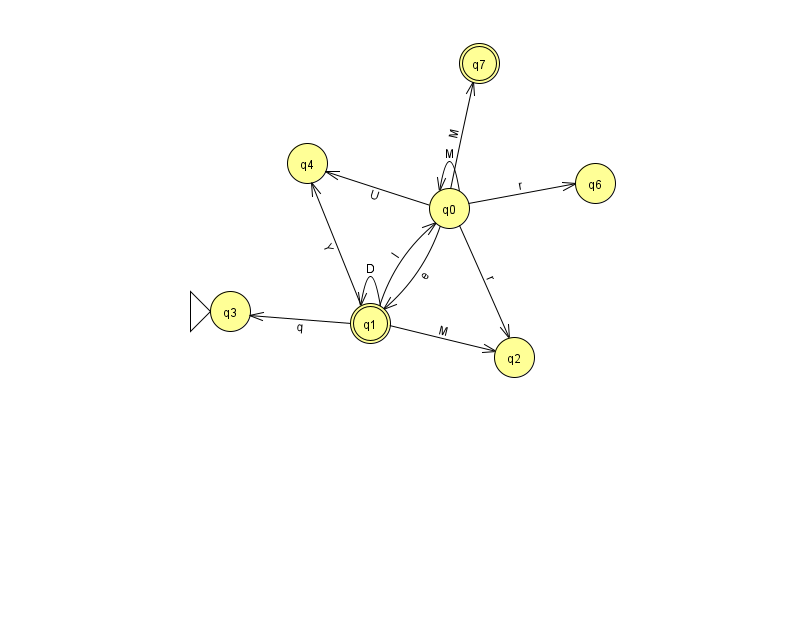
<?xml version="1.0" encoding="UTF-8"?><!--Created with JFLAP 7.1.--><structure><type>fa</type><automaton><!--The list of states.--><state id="0" name="q0"><x>449.0</x><y>195.0</y></state><state id="1" name="q1"><x>370.0</x><y>310.0</y><final/></state><state id="2" name="q2"><x>514.0</x><y>344.0</y></state><state id="3" name="q3"><x>230.0</x><y>298.0</y><initial/></state><state id="4" name="q4"><x>307.0</x><y>150.0</y></state><state id="6" name="q6"><x>595.0</x><y>170.0</y></state><state id="7" name="q7"><x>479.0</x><y>50.0</y><final/></state><!--The list of transitions.--><transition><from>0</from><to>6</to><read>r</read></transition><transition><from>1</from><to>2</to><read>M</read></transition><transition><from>1</from><to>1</to><read>D</read></transition><transition><from>0</from><to>7</to><read>M</read></transition><transition><from>0</from><to>2</to><read>r</read></transition><transition><from>1</from><to>0</to><read>l</read></transition><transition><from>1</from><to>3</to><read>q</read></transition><transition><from>1</from><to>4</to><read>Y</read></transition><transition><from>0</from><to>4</to><read>U</read></transition><transition><from>0</from><to>0</to><read>M</read></transition><transition><from>0</from><to>1</to><read>e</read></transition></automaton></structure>